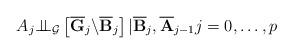
LaTeX: \begin{align*}A_{j}\mathbf{\perp \!\!\!\perp }_{\mathcal{G}}\left[ \overline{\mathbf{G}}_{j}\mathbf{\backslash }\overline{\mathbf{B}}_{j}\right]\mathbf{|}\overline{\mathbf{B}}_{j},\overline{\mathbf{A}}_{j-1}j=0,\dots ,p\end{align*}